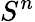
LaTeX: S^{n}